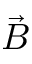
\vec { B }